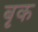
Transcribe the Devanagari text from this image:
बृक